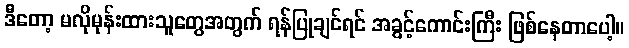
ဒီတော့ မလိုမုန်းထားသူတွေအတွက် ရန်ပြုချင်ရင် အခွင့်ကောင်းကြီး ဖြစ်နေတာပေါ့။